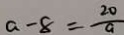
a - 8 = \frac { 2 0 } { a }